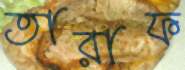
তারাফ